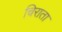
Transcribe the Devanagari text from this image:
चिराता